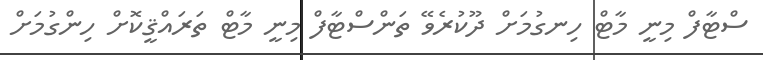
ސްޓާފް މިނީ މާޓް ހިނގުމަށް ދޫކުރެވޭ ތަންސްޓާފް މިނީ މާޓް ތަރައްޤީކޮށް ހިންގުމަށް